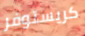
كريستوفر